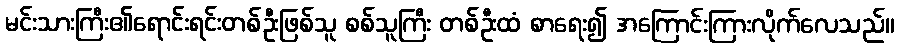
မင်းသားကြီး၏ရောင်းရင်းတစ်ဦးဖြစ်သူ စစ်သူကြီး တစ်ဦးထံ စာရေး၍ အကြောင်းကြားလိုက်လေသည်။